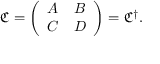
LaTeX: { \mathfrak { C } } = { \left( \begin{array} { l l } { A } & { B } \\ { C } & { D } \end{array} \right) } = { \mathfrak { C } } ^ { \dagger } .